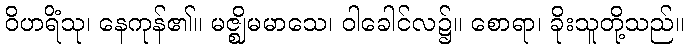
ဝိဟရိံသု၊ နေကုန်၏။ မဇ္ဈိမမာသေ၊ ဝါခေါင်လ၌။ စောရာ၊ ခိုးသူတို့သည်။